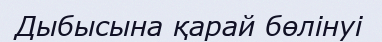
Дыбысына қарай бөлінуі